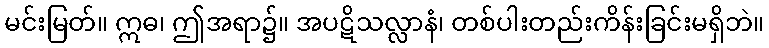
မင်းမြတ်။ ဣဓ၊ ဤအရာ၌။ အပဋိသလ္လာနံ၊ တစ်ပါးတည်းကိန်းခြင်းမရှိဘဲ။